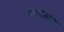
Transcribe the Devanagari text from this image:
ओस्त्रसिसेशन